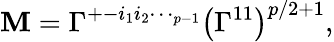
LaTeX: \mathbf{M}=\Gamma^{+-i_{1}i_{2}\dotsi_{p-1}}\bigl(\Gamma^{11}\bigr)^{p/2+1},